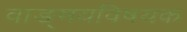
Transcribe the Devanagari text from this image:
वाङ्‌मयविषयक